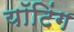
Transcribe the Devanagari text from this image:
यॉटिंग